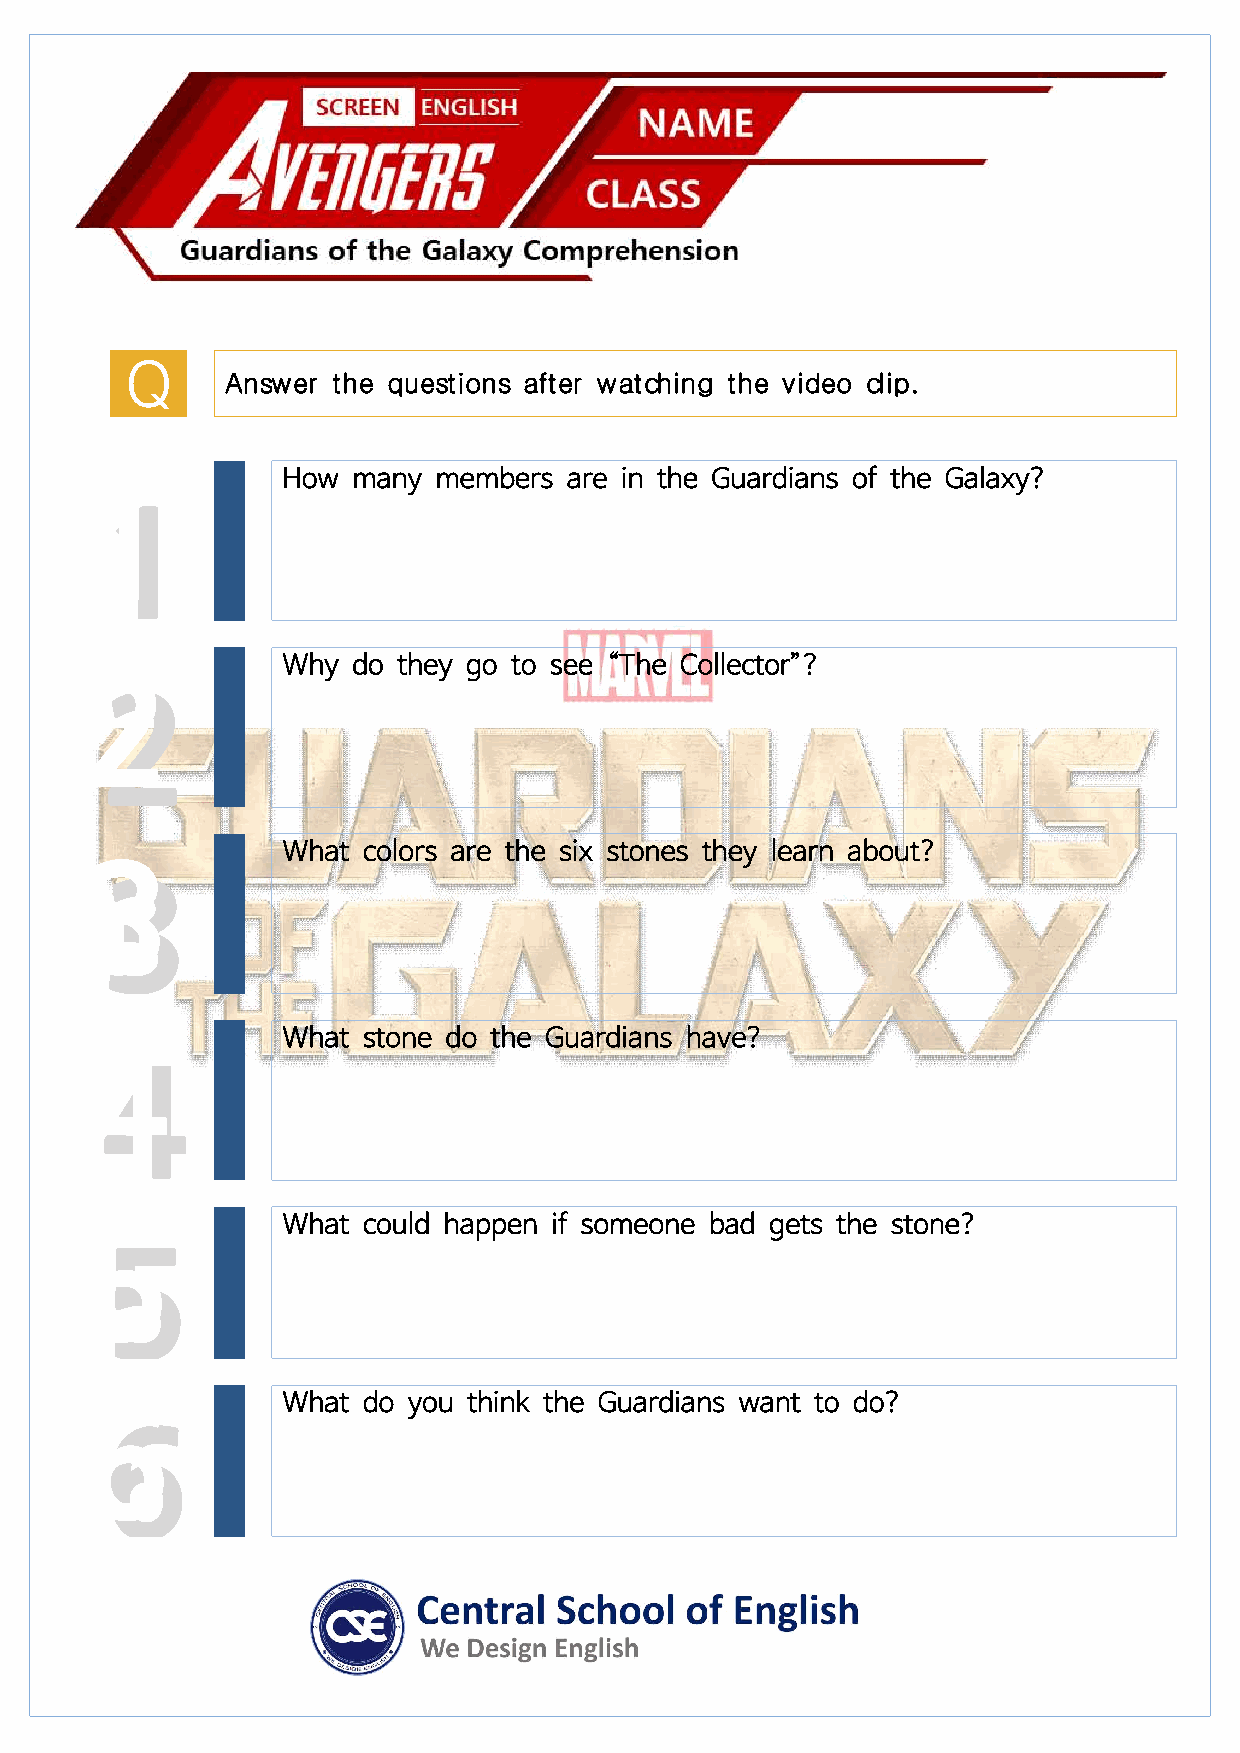
Q
 Answer the questions after watching the video clip.
 How many  members  are in the Guardians of the Galaxy?
 1
 1
 Why do they go to see “The Collector”?
 2
 2
 What colors are the six stones they learn about?
 3
 3
 What stone do the Guardians have?
 4
 4
 5             What could happen if someone bad gets the stone?
 5
 6             What do you think the Guardians want to do?
 6